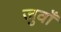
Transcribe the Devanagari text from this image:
जुवाँ